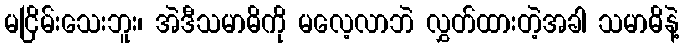
မငြိမ်းသေးဘူး၊ အဲဒီသမာဓိကို မလေ့လာဘဲ လွှတ်ထားတဲ့အခါ သမာဓိနဲ့